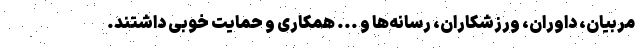
مربیان، داوران، ورزشکاران، رسانه‌ها و ... همکاری و حمایت خوبی داشتند.